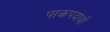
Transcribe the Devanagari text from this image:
पाकपदार्थो